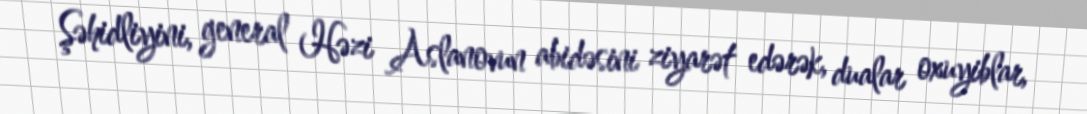
Şəhidliyini, general Həzi Aslanovun abidəsini ziyarət edərək, dualar oxuyiblar,